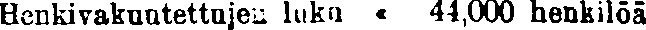
Henkivakuutettujen luku « 44,000 henkilöä